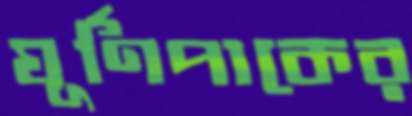
ঘূর্ণিপাকের